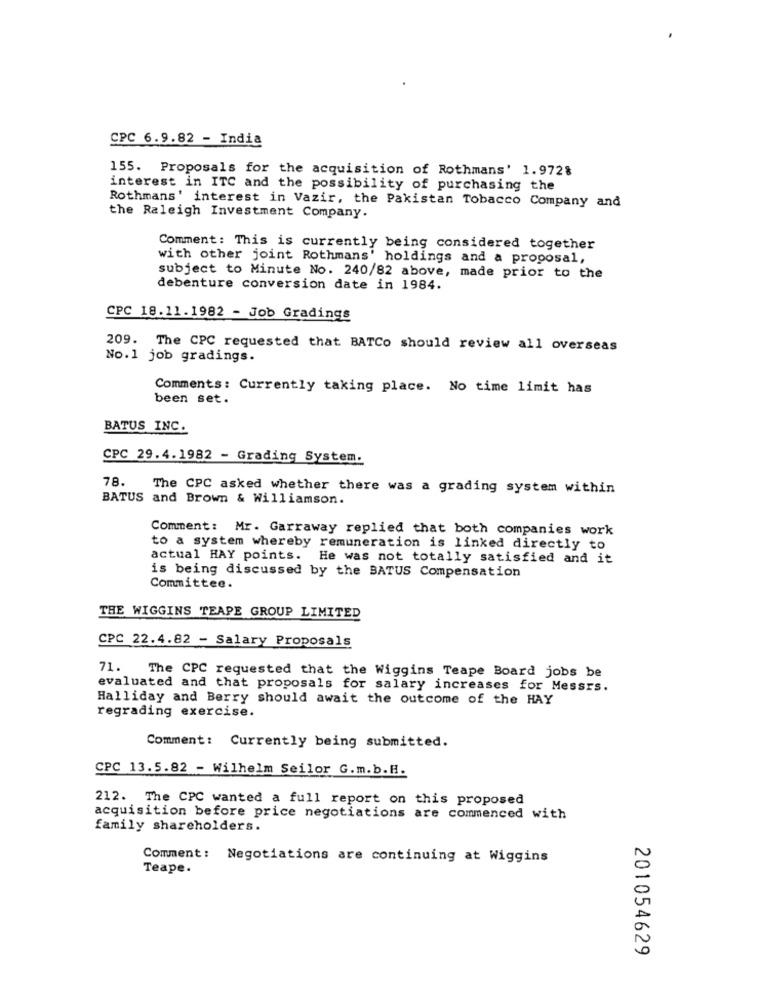
CPC 6.9.82 - India
155. Proposals for the acquisition of Rothmans' 1.972%
interest in ITC and the possibility of purchasing the
Rothmans' interest in Vazir, the Pakistan Tobacco Company and
the Raleigh Investment Company.
Comment: This is currently being considered together
with other joint Rothmans' holdings and a proposal,
subject to Minute No. 240/82 above, made prior to the
debenture conversion date in 1984.
CPC 18.11.1982 - Job Gradings
209. The CPC requested that BATCo should review all overseas
No.1 job gradings.
Comments: Currently taking place. No time limit has
been set.
BATUS INC.
CPC 29.4.1982 - Grading System.
78.
The CPC asked whether there was a grading system within
BATUS and Brown & Williamson.
Comment: Mr. Garraway replied that both companies work
to a system whereby remuneration is linked directly to
actual HAY points. He was not totally satisfied and it
is being discussed by the BATUS Compensation
Committee.
THE WIGGINS TEAPE GROUP LIMITED
CPC 22.4.82 - Salary Proposals
71.
The CPC requested that the Wiggins Teape Board jobs be
evaluated and that proposals for salary increases for Messrs.
Halliday and Berry should await the outcome of the HAY
regrading exercise.
Comment: Currently being submitted.
CPC 13.5.82 - Wilhelm Seilor G.m.b.H.
212. The CPC wanted a full report on this proposed
acquisition before price negotiations are commenced with
family shareholders.
Comment: Negotiations are continuing at Wiggins
Teape.
201054629